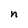
Character: n